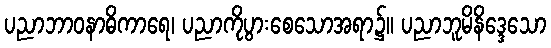
ပညာဘာဝနာဓိကာရေ၊ ပညာကိုပွားစေသောအရာ၌။ ပညာဘူမိနိဒ္ဒေသော